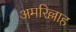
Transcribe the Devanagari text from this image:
अमरिल्लाह